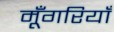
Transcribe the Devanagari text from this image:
मूँगरियाँ